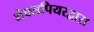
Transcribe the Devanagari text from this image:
शेक्सपियरद्वारा